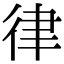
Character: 律